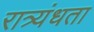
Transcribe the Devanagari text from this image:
रात्र्यंधता